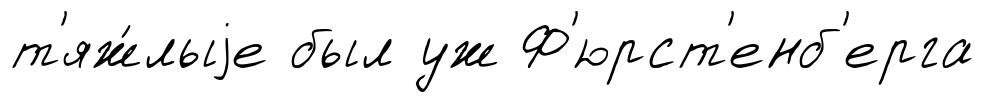
т'яж́лыjе был уж Ф'юрст'енб'ерга